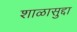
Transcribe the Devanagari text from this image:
शाळासुद्दा